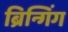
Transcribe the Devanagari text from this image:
ब्रिन्गिंग